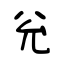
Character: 兊